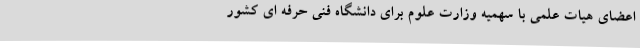
اعضای هیات علمی با سهمیه وزارت علوم برای دانشگاه فنی حرفه ای کشور